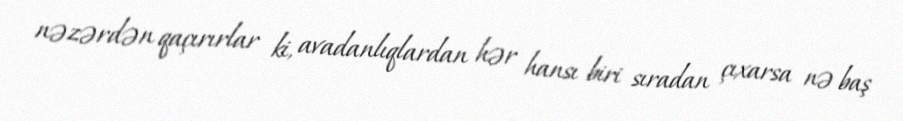
nəzərdən qaçırırlar ki, avadanlıqlardan hər hansı biri sıradan çıxarsa nə baş